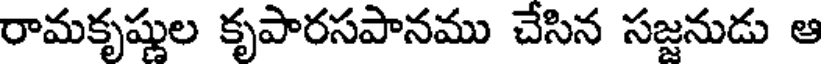
రామకృష్ణుల కృపారసపానము చేసిన సజ్జనుడు ఆ